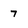
Character: 7